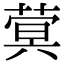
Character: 蓂